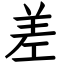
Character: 差